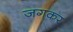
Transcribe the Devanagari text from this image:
जगकर